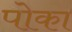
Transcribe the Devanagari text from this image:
पोका